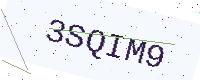
Text: 3SQIM9